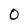
Character: 0